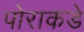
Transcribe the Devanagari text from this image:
पोराकडे